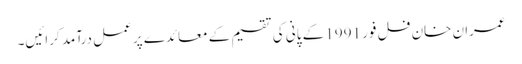
عمران خان فل فور 1991 کے پانی کی تقسیم کے معائدے پر عمل درآمد کرائیں۔